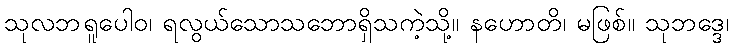
သုလဘရူပေါဝ၊ ရလွယ်သောသဘောရှိသကဲ့သို့။ နဟောတိ၊ မဖြစ်။ သုဘဒ္ဒေ၊